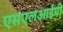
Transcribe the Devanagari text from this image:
एसएलआईपी